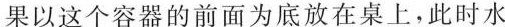
果以这个容器的前面为底放在桌上，此时水